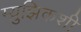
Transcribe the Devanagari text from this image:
म्य़ुझिकशी